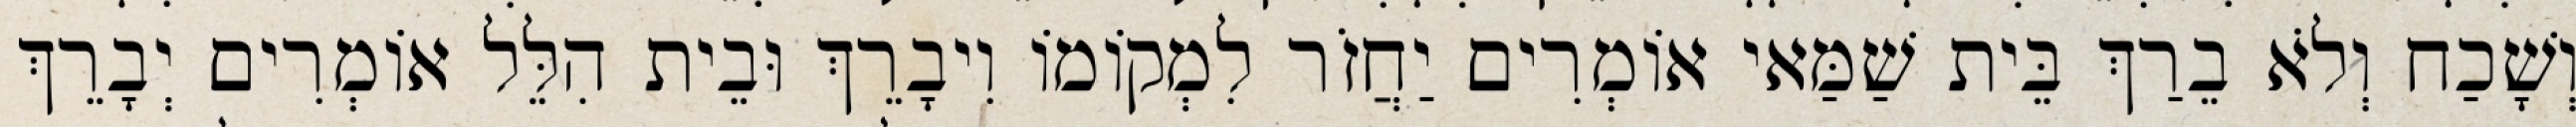
וְשָׁכַח וְלֹא בֵרַךְ בֵּית שַׁמַּאי אוֹמְרִים יַחֲזֹר לִמְקוֹמוֹ וִיבָרֵךְ וּבֵית הִלֵּל אוֹמְרִים יְבָרֵךְ